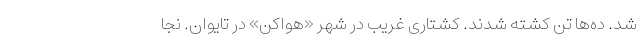
شد. ده‌ها تن کشته شدند. کشتاری غریب در شهر «هواکن» در تایوان. نجا